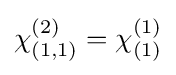
\chi _{(1,1)}^{(2)}=\chi _{(1)}^{(1)}